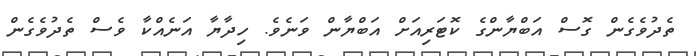
ތެދުވެގެން ގޮސް އަބްޔާންގެ ކޮޓަރިއަށް އަބްޔާން ވަނެވެ. ހިދާޔާ އަނެއްކާ ވެސް ތެދުވެގެން